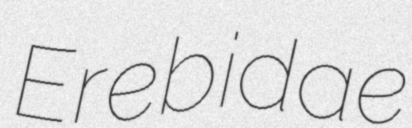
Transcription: Erebidae